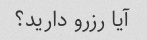
آیا رزرو دارید؟